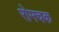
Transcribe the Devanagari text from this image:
रोमचक